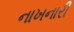
નાખનારી